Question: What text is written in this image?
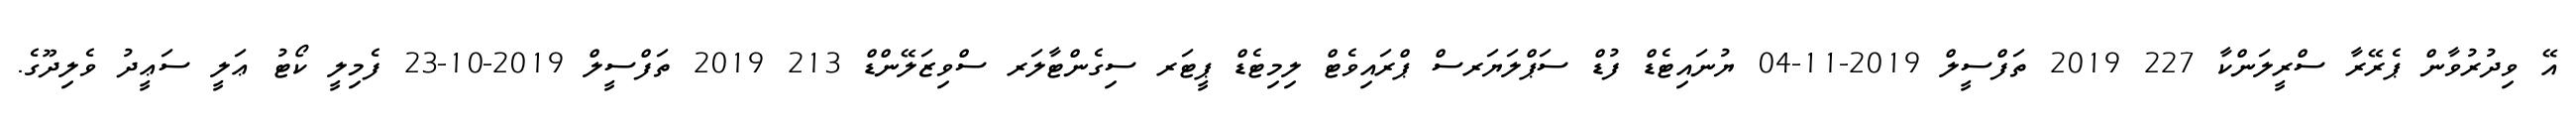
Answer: އޭ ވިދުރުވާން ޕެރޭރާ ސްރީލަންކާ 227 2019 ތަފްސީލް 2019-11-04 ޔުނައިޓެޑް ފުޑް ސަޕްލަޔަރސް ޕްރައިވެޓް ލިމިޓެޑް ޕީޓަރ ސިގެންޓާލަރ ސްވިޒަލޭންޑް 213 2019 ތަފްސީލް 2019-10-23 ފެމިލީ ކޯޓު ޢަލީ ސަޢީދު ވެލިދޫގެ.